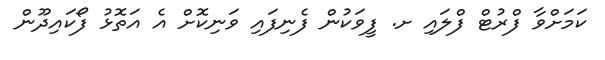
ކަމަށްވާ ފްރުޓް ފްލައި ށ. ފީވަކުން ފެނިފައި ވަނިކޮށް އެ އަތޮޅު ފޯކައިދޫން